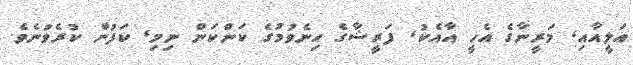
އަލީއާއި